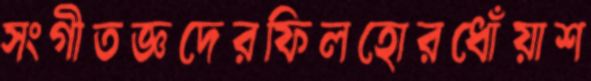
সংগীতজ্ঞদেরফিলহোরধোঁয়াশ